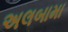
અલબામા